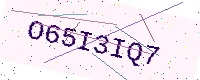
Text: O65I3IQ7